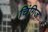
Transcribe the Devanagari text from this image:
चिंगिज